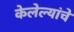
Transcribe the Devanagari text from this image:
केलेल्यांचे